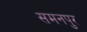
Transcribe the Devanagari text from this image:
समनपुर